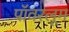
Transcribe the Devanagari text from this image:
पॉवरलूम